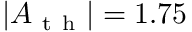
| A _ { \mathrm { ~ t ~ h ~ } } | = 1 . 7 5